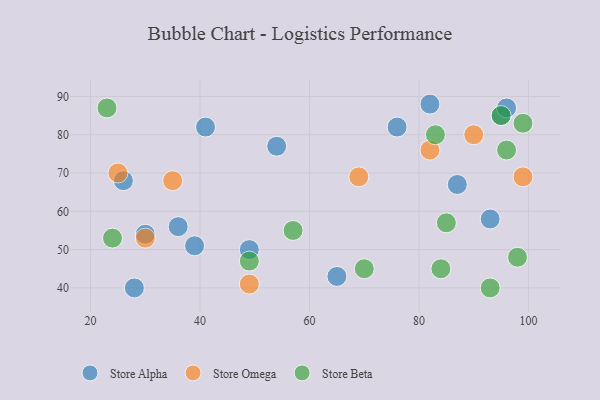
{"axis": {"x": "GDP", "y": "Life Expectancy"}, "legend": ["Store Alpha", "Store Beta", "Store Omega"], "data": [{"x": "65", "y": 43, "type": "Store Alpha"}, {"x": "95", "y": 85, "type": "Store Alpha"}, {"x": "54", "y": 77, "type": "Store Alpha"}, {"x": "93", "y": 58, "type": "Store Alpha"}, {"x": "87", "y": 67, "type": "Store Alpha"}, {"x": "41", "y": 82, "type": "Store Alpha"}, {"x": "26", "y": 68, "type": "Store Alpha"}, {"x": "49", "y": 50, "type": "Store Alpha"}, {"x": "28", "y": 40, "type": "Store Alpha"}, {"x": "76", "y": 82, "type": "Store Alpha"}, {"x": "96", "y": 87, "type": "Store Alpha"}, {"x": "39", "y": 51, "type": "Store Alpha"}, {"x": "82", "y": 88, "type": "Store Alpha"}, {"x": "30", "y": 54, "type": "Store Alpha"}, {"x": "36", "y": 56, "type": "Store Alpha"}, {"x": "99", "y": 69, "type": "Store Omega"}, {"x": "82", "y": 76, "type": "Store Omega"}, {"x": "35", "y": 68, "type": "Store Omega"}, {"x": "30", "y": 53, "type": "Store Omega"}, {"x": "25", "y": 70, "type": "Store Omega"}, {"x": "49", "y": 41, "type": "Store Omega"}, {"x": "90", "y": 80, "type": "Store Omega"}, {"x": "69", "y": 69, "type": "Store Omega"}, {"x": "95", "y": 85, "type": "Store Beta"}, {"x": "84", "y": 45, "type": "Store Beta"}, {"x": "96", "y": 76, "type": "Store Beta"}, {"x": "98", "y": 48, "type": "Store Beta"}, {"x": "57", "y": 55, "type": "Store Beta"}, {"x": "99", "y": 83, "type": "Store Beta"}, {"x": "85", "y": 57, "type": "Store Beta"}, {"x": "70", "y": 45, "type": "Store Beta"}, {"x": "23", "y": 87, "type": "Store Beta"}, {"x": "83", "y": 80, "type": "Store Beta"}, {"x": "93", "y": 40, "type": "Store Beta"}, {"x": "49", "y": 47, "type": "Store Beta"}, {"x": "24", "y": 53, "type": "Store Beta"}]}